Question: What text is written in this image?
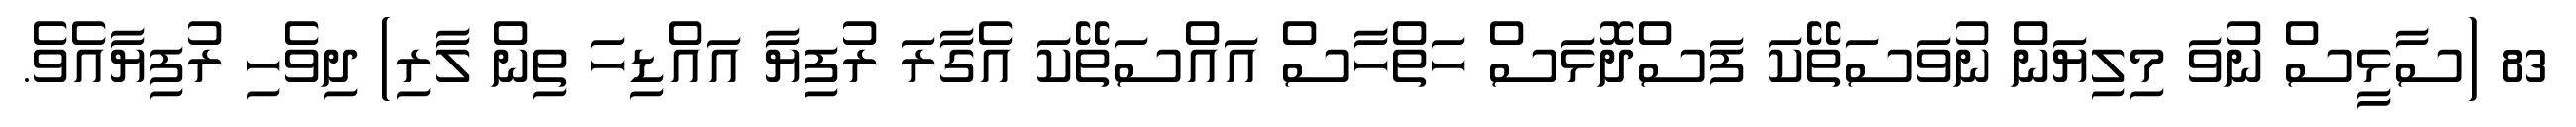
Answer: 83 (ސާޅީސް ނުވަ މިލިޔަން ނުވަސަތޭކަ ފަސްދޮޅަސް ހަތްހާސް އައްސަތޭކަ އެގާރަ ރުފިޔާ އައްޑިހަ ތިން ލާރި) ދިވެހި ރުފިޔާއެވެ.